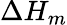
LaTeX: \Delta H_{m}